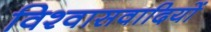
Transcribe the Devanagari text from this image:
विश्वासवादियों